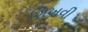
શિખવી